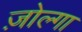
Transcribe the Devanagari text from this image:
ज़ोल्गा